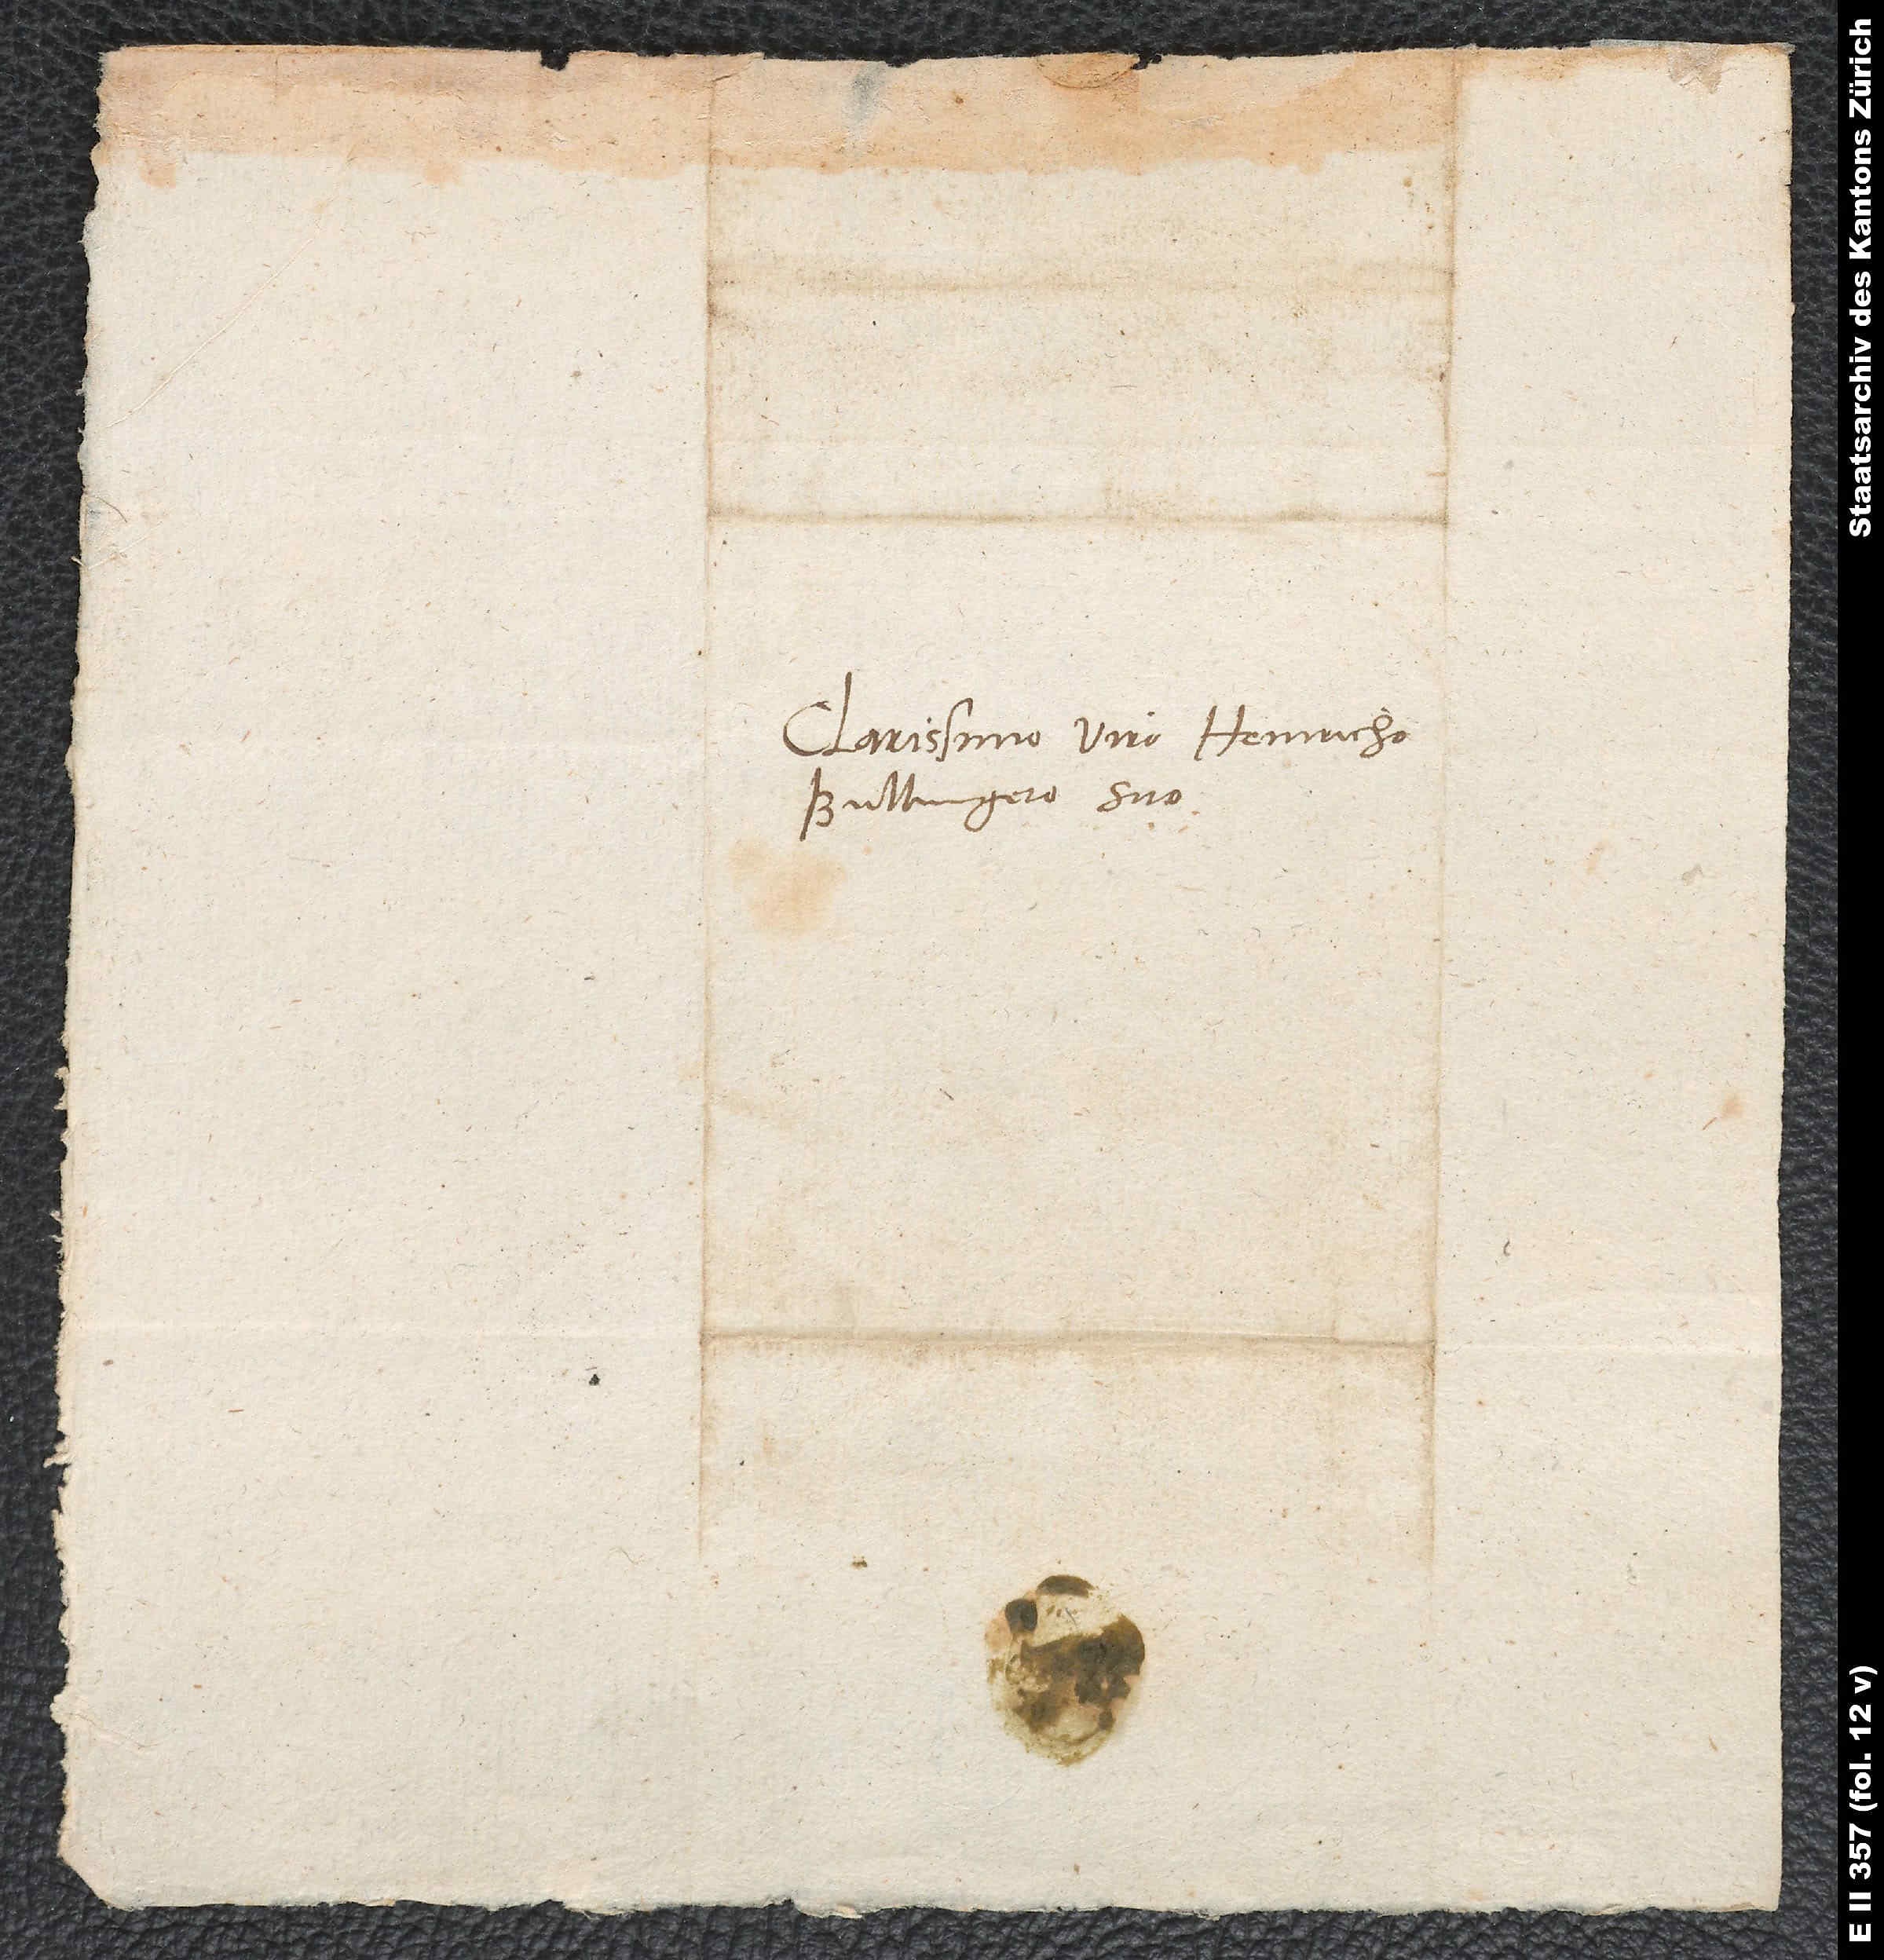
Clarissimo viro Heinricho
Bullingero suo.